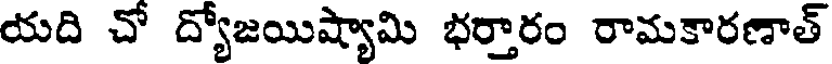
యది చో ద్యోజయిష్యామి భర్తారం రామకారణాత్